Calcutta medical institutions reports 1879-81 [i.e.91]
Year: 1879
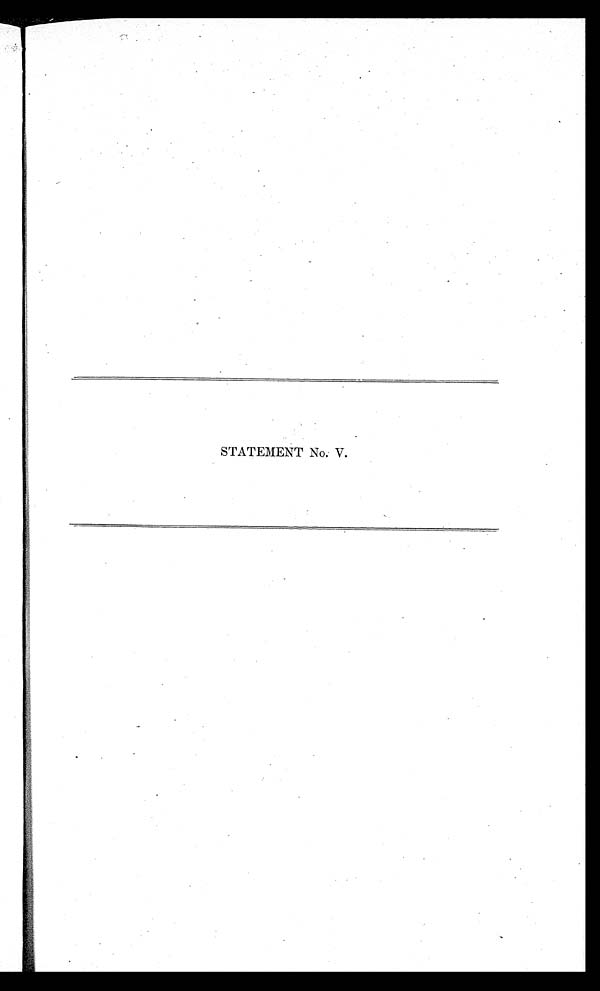
STATEMENT No. V.